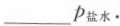
___P_{盐水}.